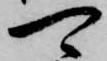
可